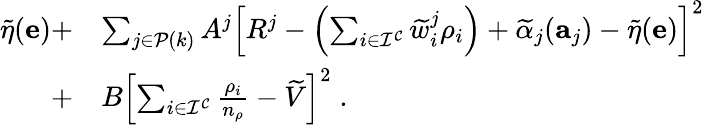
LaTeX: \begin{array}{rl}{\widetilde{\eta}(\mathbf{e})+}&{\sum_{j\in\mathcal{P}(k)}A^{j}\left[R^{j}-\left(\sum_{i\in\mathcal{I^{C}}}\widetilde{w}_{i}^{j}\rho_{i}\right)+\widetilde{\alpha}_{j}(\mathbf{a}_{j})-\widetilde{\eta}(\mathbf{e})\right]^{2}}\\ {+}&{B\left[\sum_{i\in\mathcal{I^{C}}}\frac{\rho_{i}}{n_{\rho}}-\widetilde{V}\right]^{2}\; .}\end{array}